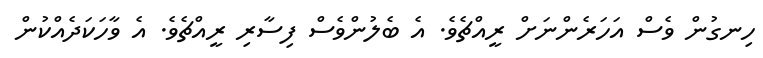
ހިނގުން ވެސް އަހަރެންނަށް ރީއްޗެވެ. އެ ބެލުންވެސް ފިސާރި ރީއްޗެވެ. އެ ވާހަކަދެއްކުން